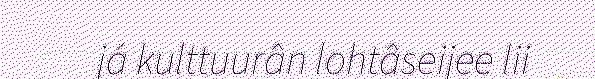
já kulttuurân lohtâseijee lii